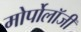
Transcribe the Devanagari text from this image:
मोर्पोलॉजी